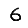
Digit: 6